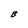
Character: B